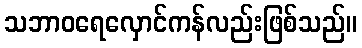
သဘာဝရေလှောင်ကန်လည်းဖြစ်သည်။